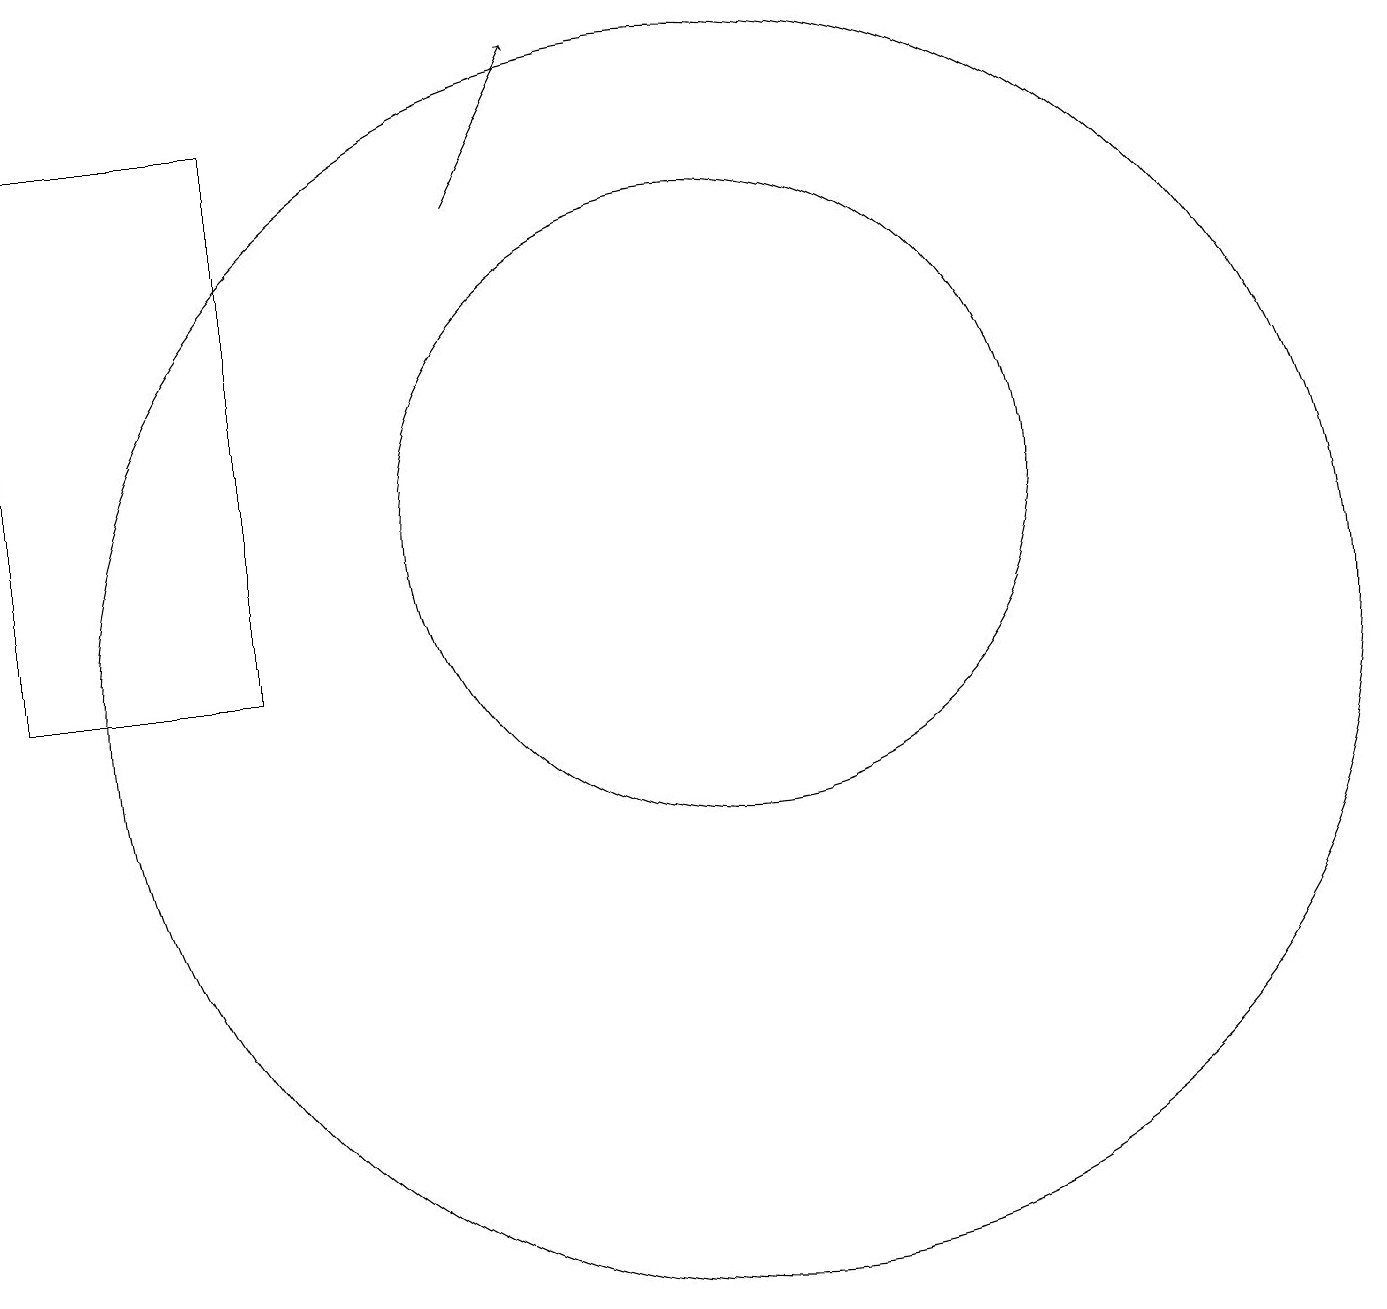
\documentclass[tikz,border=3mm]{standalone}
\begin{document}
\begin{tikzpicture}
\draw[->] (8,16) -- (9,18);
\draw (11,10) circle (8);
\draw (11,12) circle (4);
\draw (2,10) rectangle (5,17);
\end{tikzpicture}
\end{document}